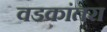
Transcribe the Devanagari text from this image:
वडकांतरा